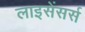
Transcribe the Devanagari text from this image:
लाइसेंसर्स